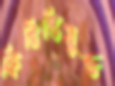
ফিরিস্তিযুক্ত